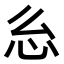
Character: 𭜍